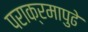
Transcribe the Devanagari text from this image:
पराक्रमापुढे